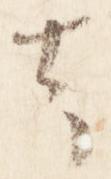
去